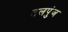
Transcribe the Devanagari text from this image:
तलपुंज